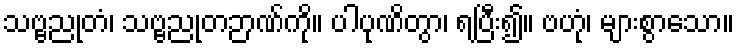
သဗ္ဗညုတံ၊ သဗ္ဗညုတဉာဏ်ကို။ ပါပုဏိတွာ၊ ရပြီး၍။ ဗဟုံ၊ များစွာသော။